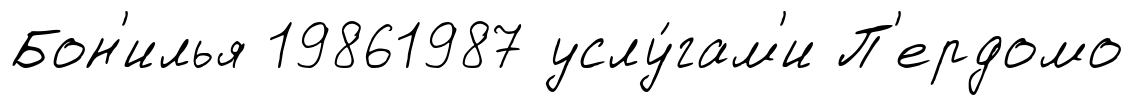
Бон'илья 19861987 услу́гам'и П'ердомо